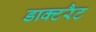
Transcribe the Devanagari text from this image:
डाक्टरैट